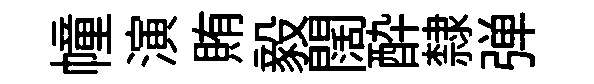
幢演賄毅闊酔隸弹